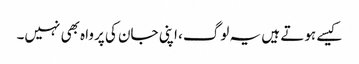
کیسے ہوتے ہیں یہ لوگ، اپنی جان کی پرواہ بھی نہیں۔